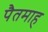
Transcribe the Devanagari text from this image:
पैतमाह